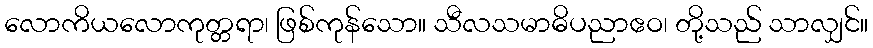
လောကိယလောကုတ္တရာ၊ ဖြစ်ကုန်သော။ သီလသမာဓိပညာဧဝ၊ တို့သည် သာလျှင်။